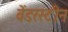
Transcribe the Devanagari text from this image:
वेंडरस्टीन